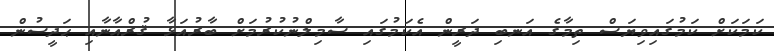
ކަމަކަށް ކަމުގައިވިޔަސް ތިމާގެ އަނބި ދަރީން އެކަމުގައި ސާމިލްނުކުރުމަށް ބާރުއަޅާ ޤުރްއާނާއި ޙަދީސުން